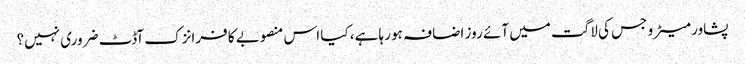
پشاور میٹرو جس کی لاگت میں آئے روز اضافہ ہو رہا ہے، کیا اس منصوبے کا فرانزک آڈٹ ضروری نہیں؟